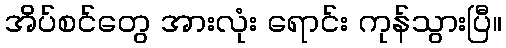
အိပ်စင်တွေ အားလုံး ရောင်း ကုန်သွားပြီ။